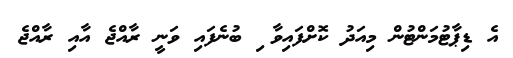
އެ ޑިޕާޓުމަންޓުން މިއަދު ކޮށްފައިވާ ި ބުނެފައި ވަނީ ރާއްޖެ އާއި ރާއްޖެ